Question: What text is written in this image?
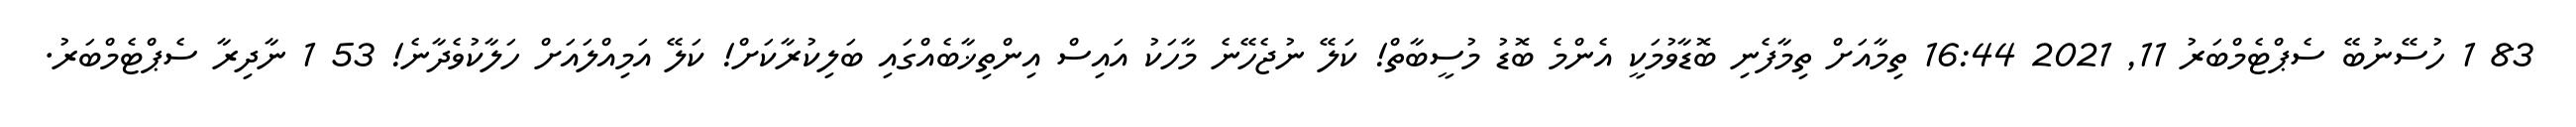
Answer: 83 1 ހުސޭނުބޭ ސެޕްޓެމްބަރު 11, 2021 16:44 ތިމާއަށް ތިމާފެނި ބޮޑާވުމަކީ އެންމެ ބޮޑު މުސީބާތް! ކަލޭ ނުޖެހޭނެ މާހަކު އައިސް އިންތިޚާބެއްގައި ބަލިކުރާކަށް! ކަލޭ އަމިއްލައަށް ހަލާކުވެދާނެ! 53 1 ނާދިރާ ސެޕްޓެމްބަރު.